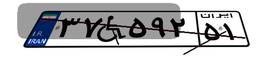
۵۸W۵۱۸۳۸